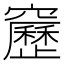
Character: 𥨻